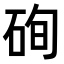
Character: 𥒘